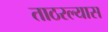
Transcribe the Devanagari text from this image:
ताठरल्यास